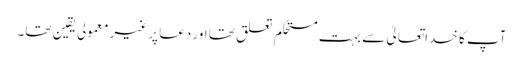
آپ کا خداتعالیٰ سے بہت مستحکم تعلق تھا اور دعا پر غیرمعمولی یقین تھا۔